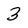
Character: 3